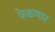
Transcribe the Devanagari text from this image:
फेकणार